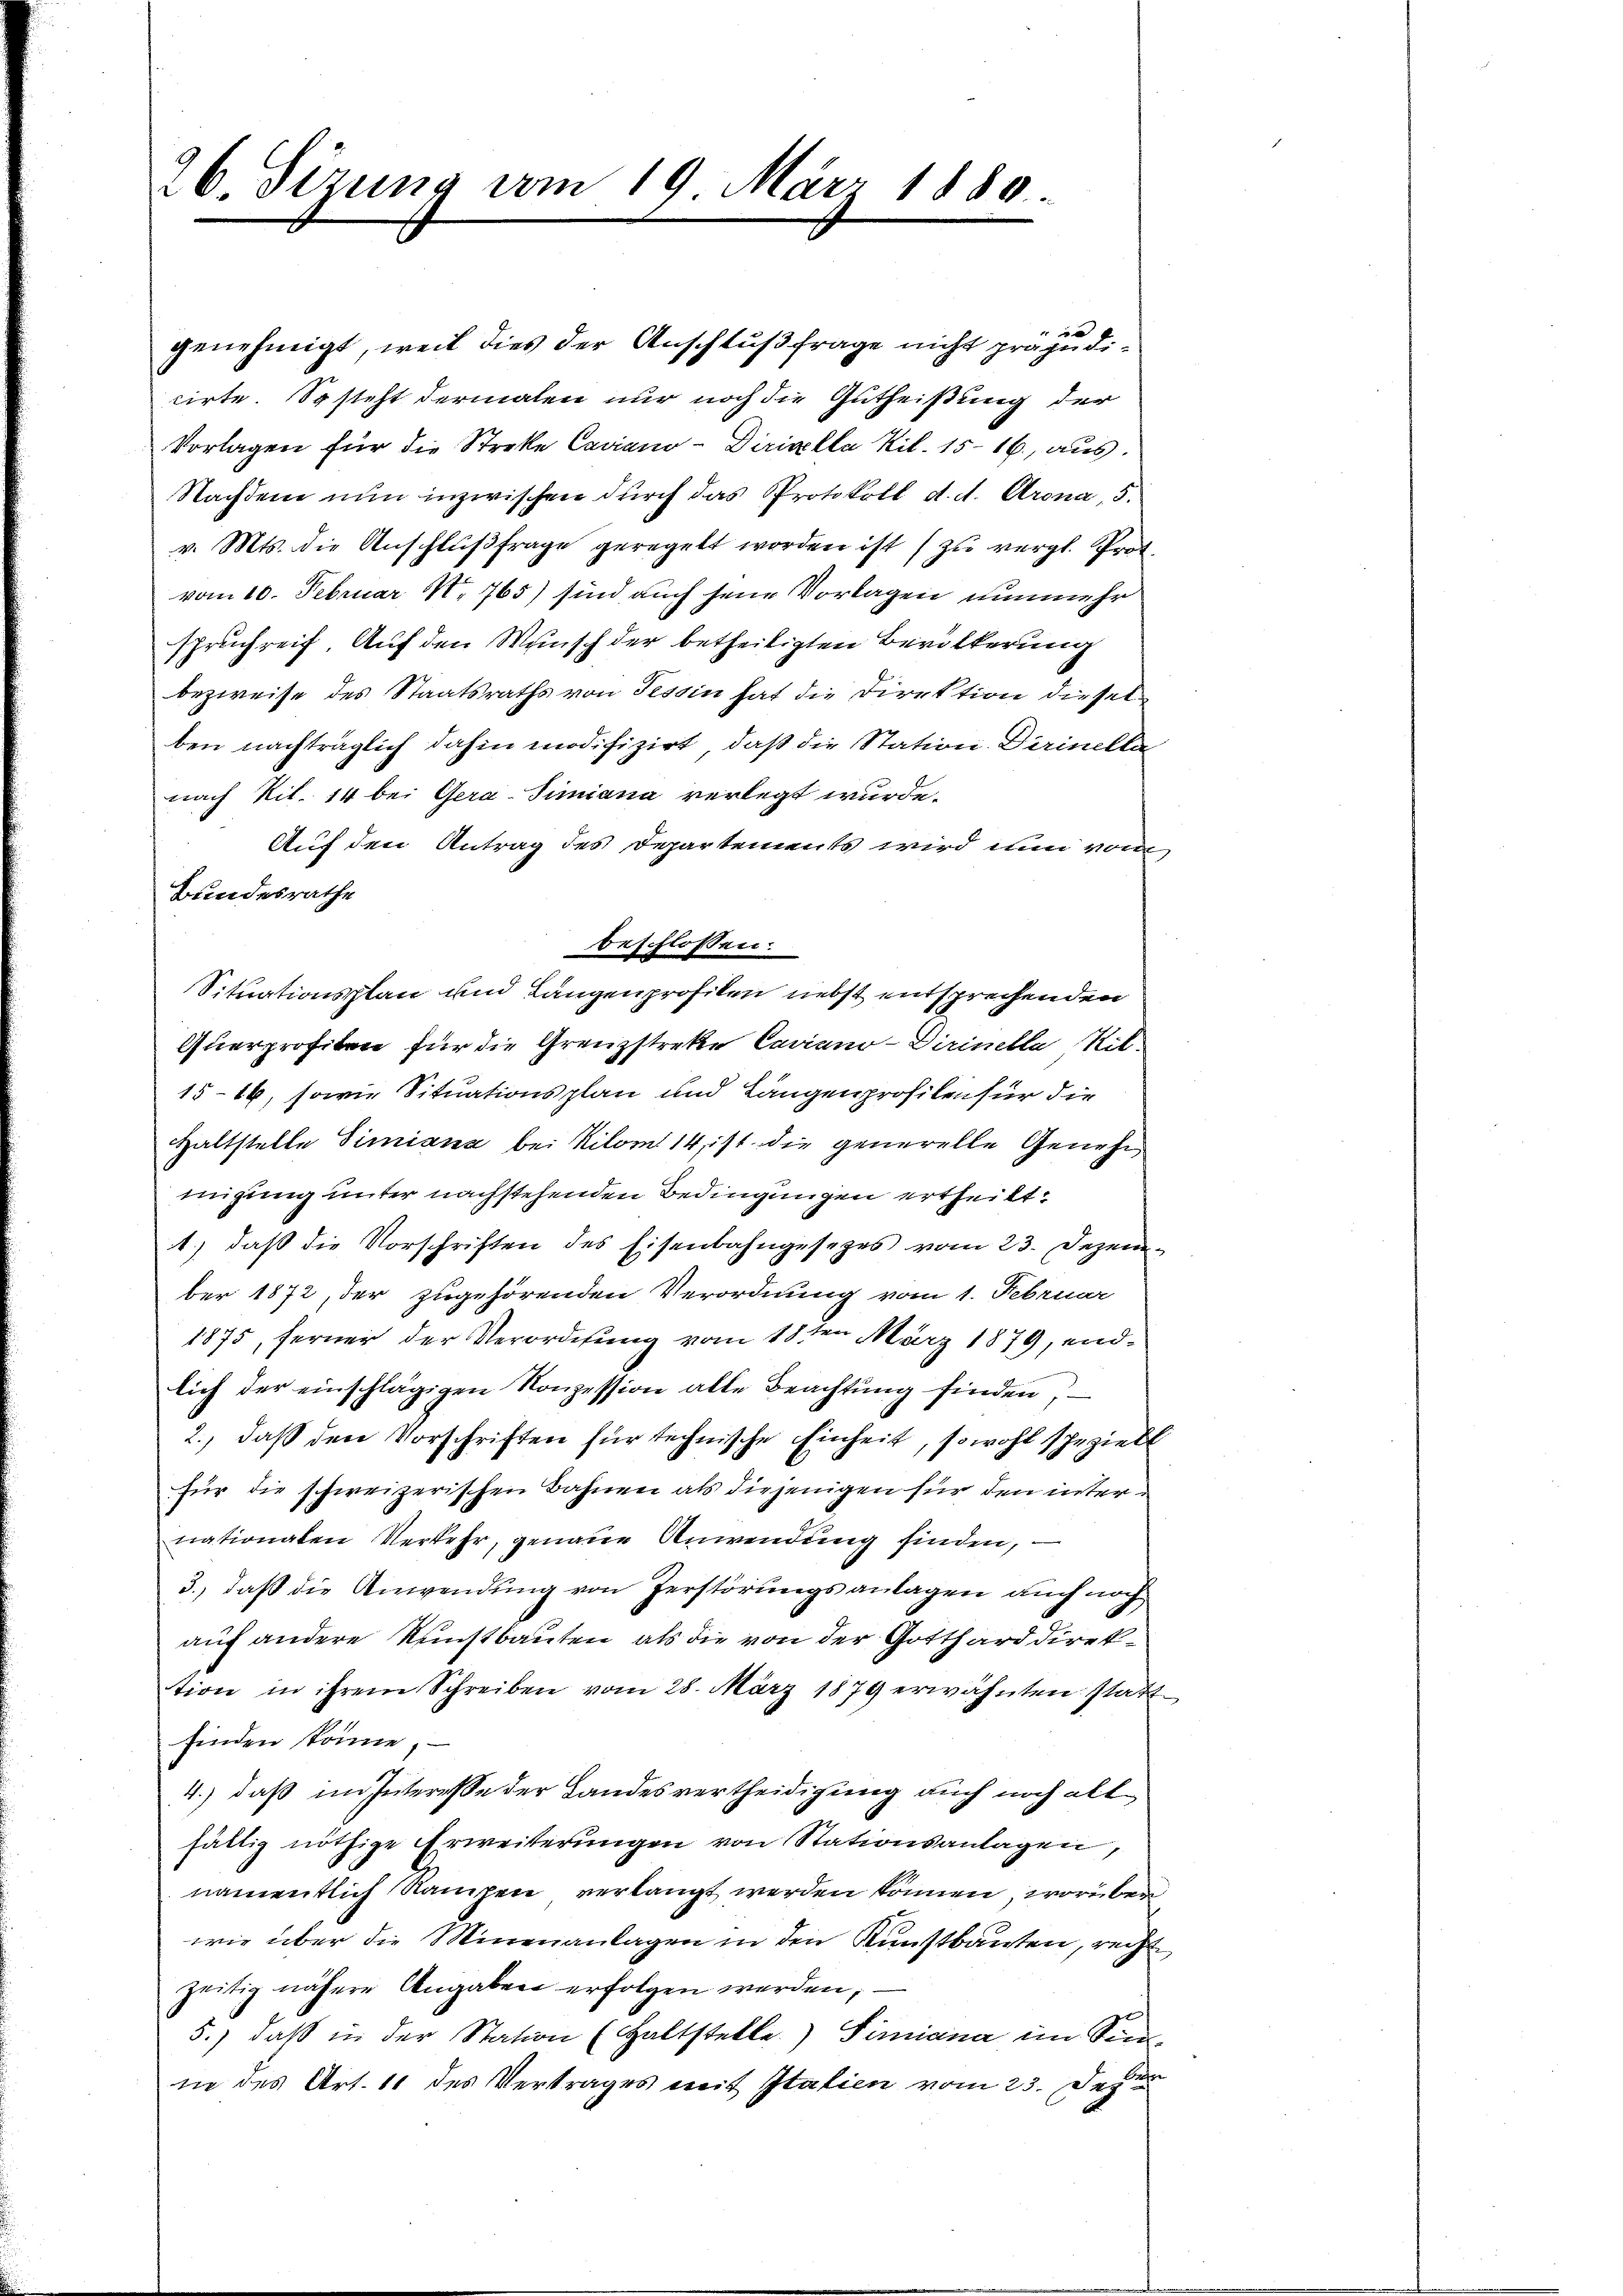
26. Sizung vom 19. März 1880

genehmigt, weil dies der Anschluß frage nicht präjudicirte. So steht dermalen nur noch die Gutheißung der
Vorlagen für die Streke Caviano-Diricella Kil. 15-16., aus.
Nachdem nun inzwischen durch das Protokoll d. d. Krona, 5.
v. Mts. die Anschlußfrage geregelt worden ist (zu vergl. Prot.
vom 10. Februar N. 765) sind auch seine Vorlagen nunmehr
spruchreif. Auf den Wunsch der betheiligten Bevölkerung
bezweife des Staatsraths von Tessin hat die Direktion diesel
ben nachträglich dahin modifizirt, daß die Station. Dirinella
nach Tit. 14 bei Gera-Simiana verlegt wurde.
Auf den Antrag des Departements wird nun vom
Bundesrathe
beschlossen:
Situationsplan und Langenprofilen nebst entsprechenden
Querprofiten für die Grenzstreke Caviano-Dirinella Rit-
15-16, sowie Situationsplan und Längenprofilen für die
Haltstelle Siriana bei Kilom 14, ist die generelle Genehm
migung unter nachstehenden Bedingungen ertheilt.
1.) daß die Vorschriften des Eisenbahngesezes vom 23. Dezember 1872, der zugehörenden Verordnung vom 1. Februar
1875, ferner der Verordnung vom 18ten März 1879, endlich der einschlägigen Konzession alle Beachtŭng finden,
2., daß den Vorschriften für technische Einheit, sowohl spezielt
für die schweizerischen Bahnen als diejenigen für den internationaten Verkehr, genaue Anwendung finden,
3., daß die Anwendung von Zerstörungsanlagen auch noch
auf andere Kunstbauten, als die von der Gotthard direktion in ihrem Schreiben vom 28. März 1879 erwähnten statt-
finden könne,
4.) daß im Interesse der Landesvertheidigung auch noch allfältig nöthige Erweiterŭngen von Stationsanlagen,
namentlich Rampen verlangt werden können, worüber
wie über die Minenanlagen in den Kunstbauten, rechte
zeitig nähere Angaben erfolgen werden,
5.) daß in der Station (Haltstelle) Simicina im Sinn
in des Art. 11 des Vertrages mit Italien vom 23. Dez